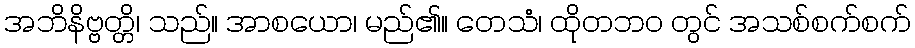
အဘိနိဗ္ဗတ္တိ၊ သည်။ အာစယော၊ မည်၏။ တေသံ၊ ထိုတဘဝ တွင် အသစ်စက်စက်